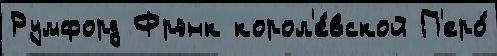
Румфорд Фрэнк корол'е́вской П'еро́